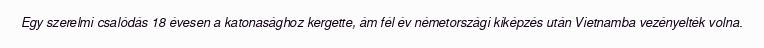
Egy szerelmi csalódás 18 évesen a katonasághoz kergette, ám fél év németországi kiképzés után Vietnamba vezényelték volna.